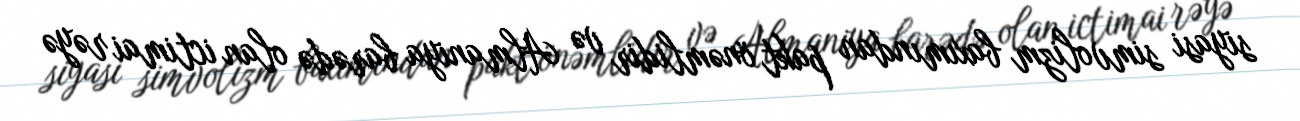
siyasi simvolizm baxımından pakt önəmlidir və Almaniya barədə olan ictimai rəyə